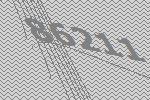
86211